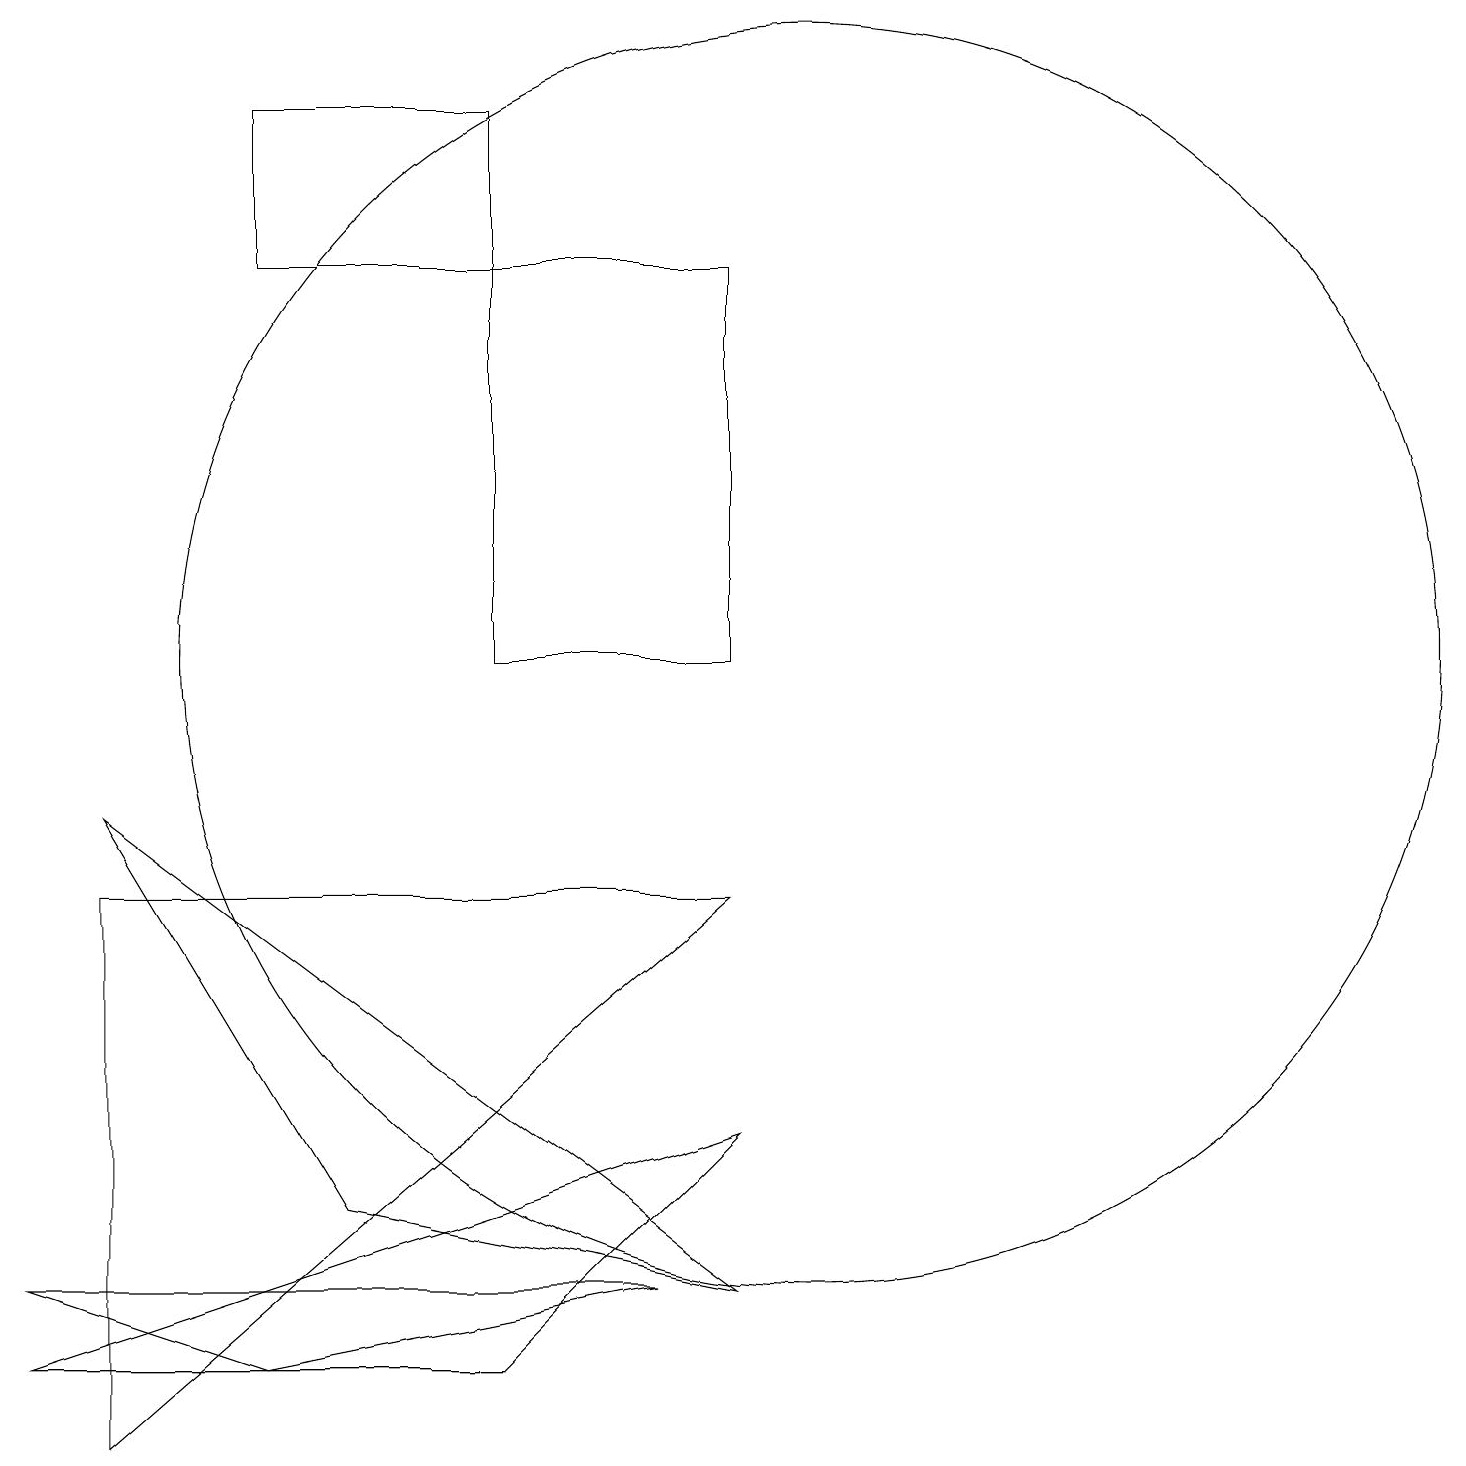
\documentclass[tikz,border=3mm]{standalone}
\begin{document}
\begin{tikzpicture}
\draw (10,10) circle (8);
\draw (9,10) rectangle (6,15);
\draw (1,0) -- (1,7) -- (9,7) -- cycle;
\draw (9,4) -- (6,1) -- (0,1) -- cycle;
\draw (3,17) rectangle (6,15);
\draw (9,2) -- (1,8) -- (4,3) -- cycle;
\draw (3,1) -- (8,2) -- (0,2) -- cycle;
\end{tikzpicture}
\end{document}